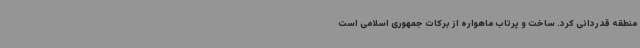
منطقه قدردانی کرد. ساخت و پرتاب ماهواره از برکات جمهوری اسلامی است